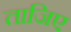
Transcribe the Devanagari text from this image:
ताजिए